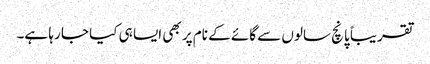
تقریباً پانچ سالوں سے گائے کے نام پر بھی ایسا ہی کیا جا رہا ہے۔